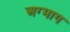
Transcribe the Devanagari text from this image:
अग्भाग